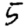
Digit: 5